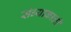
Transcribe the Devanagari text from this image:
संध्याकाळीं